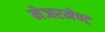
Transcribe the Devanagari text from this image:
मेजरमेण्ट